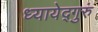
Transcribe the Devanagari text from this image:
ध्यायेद्गुरुं